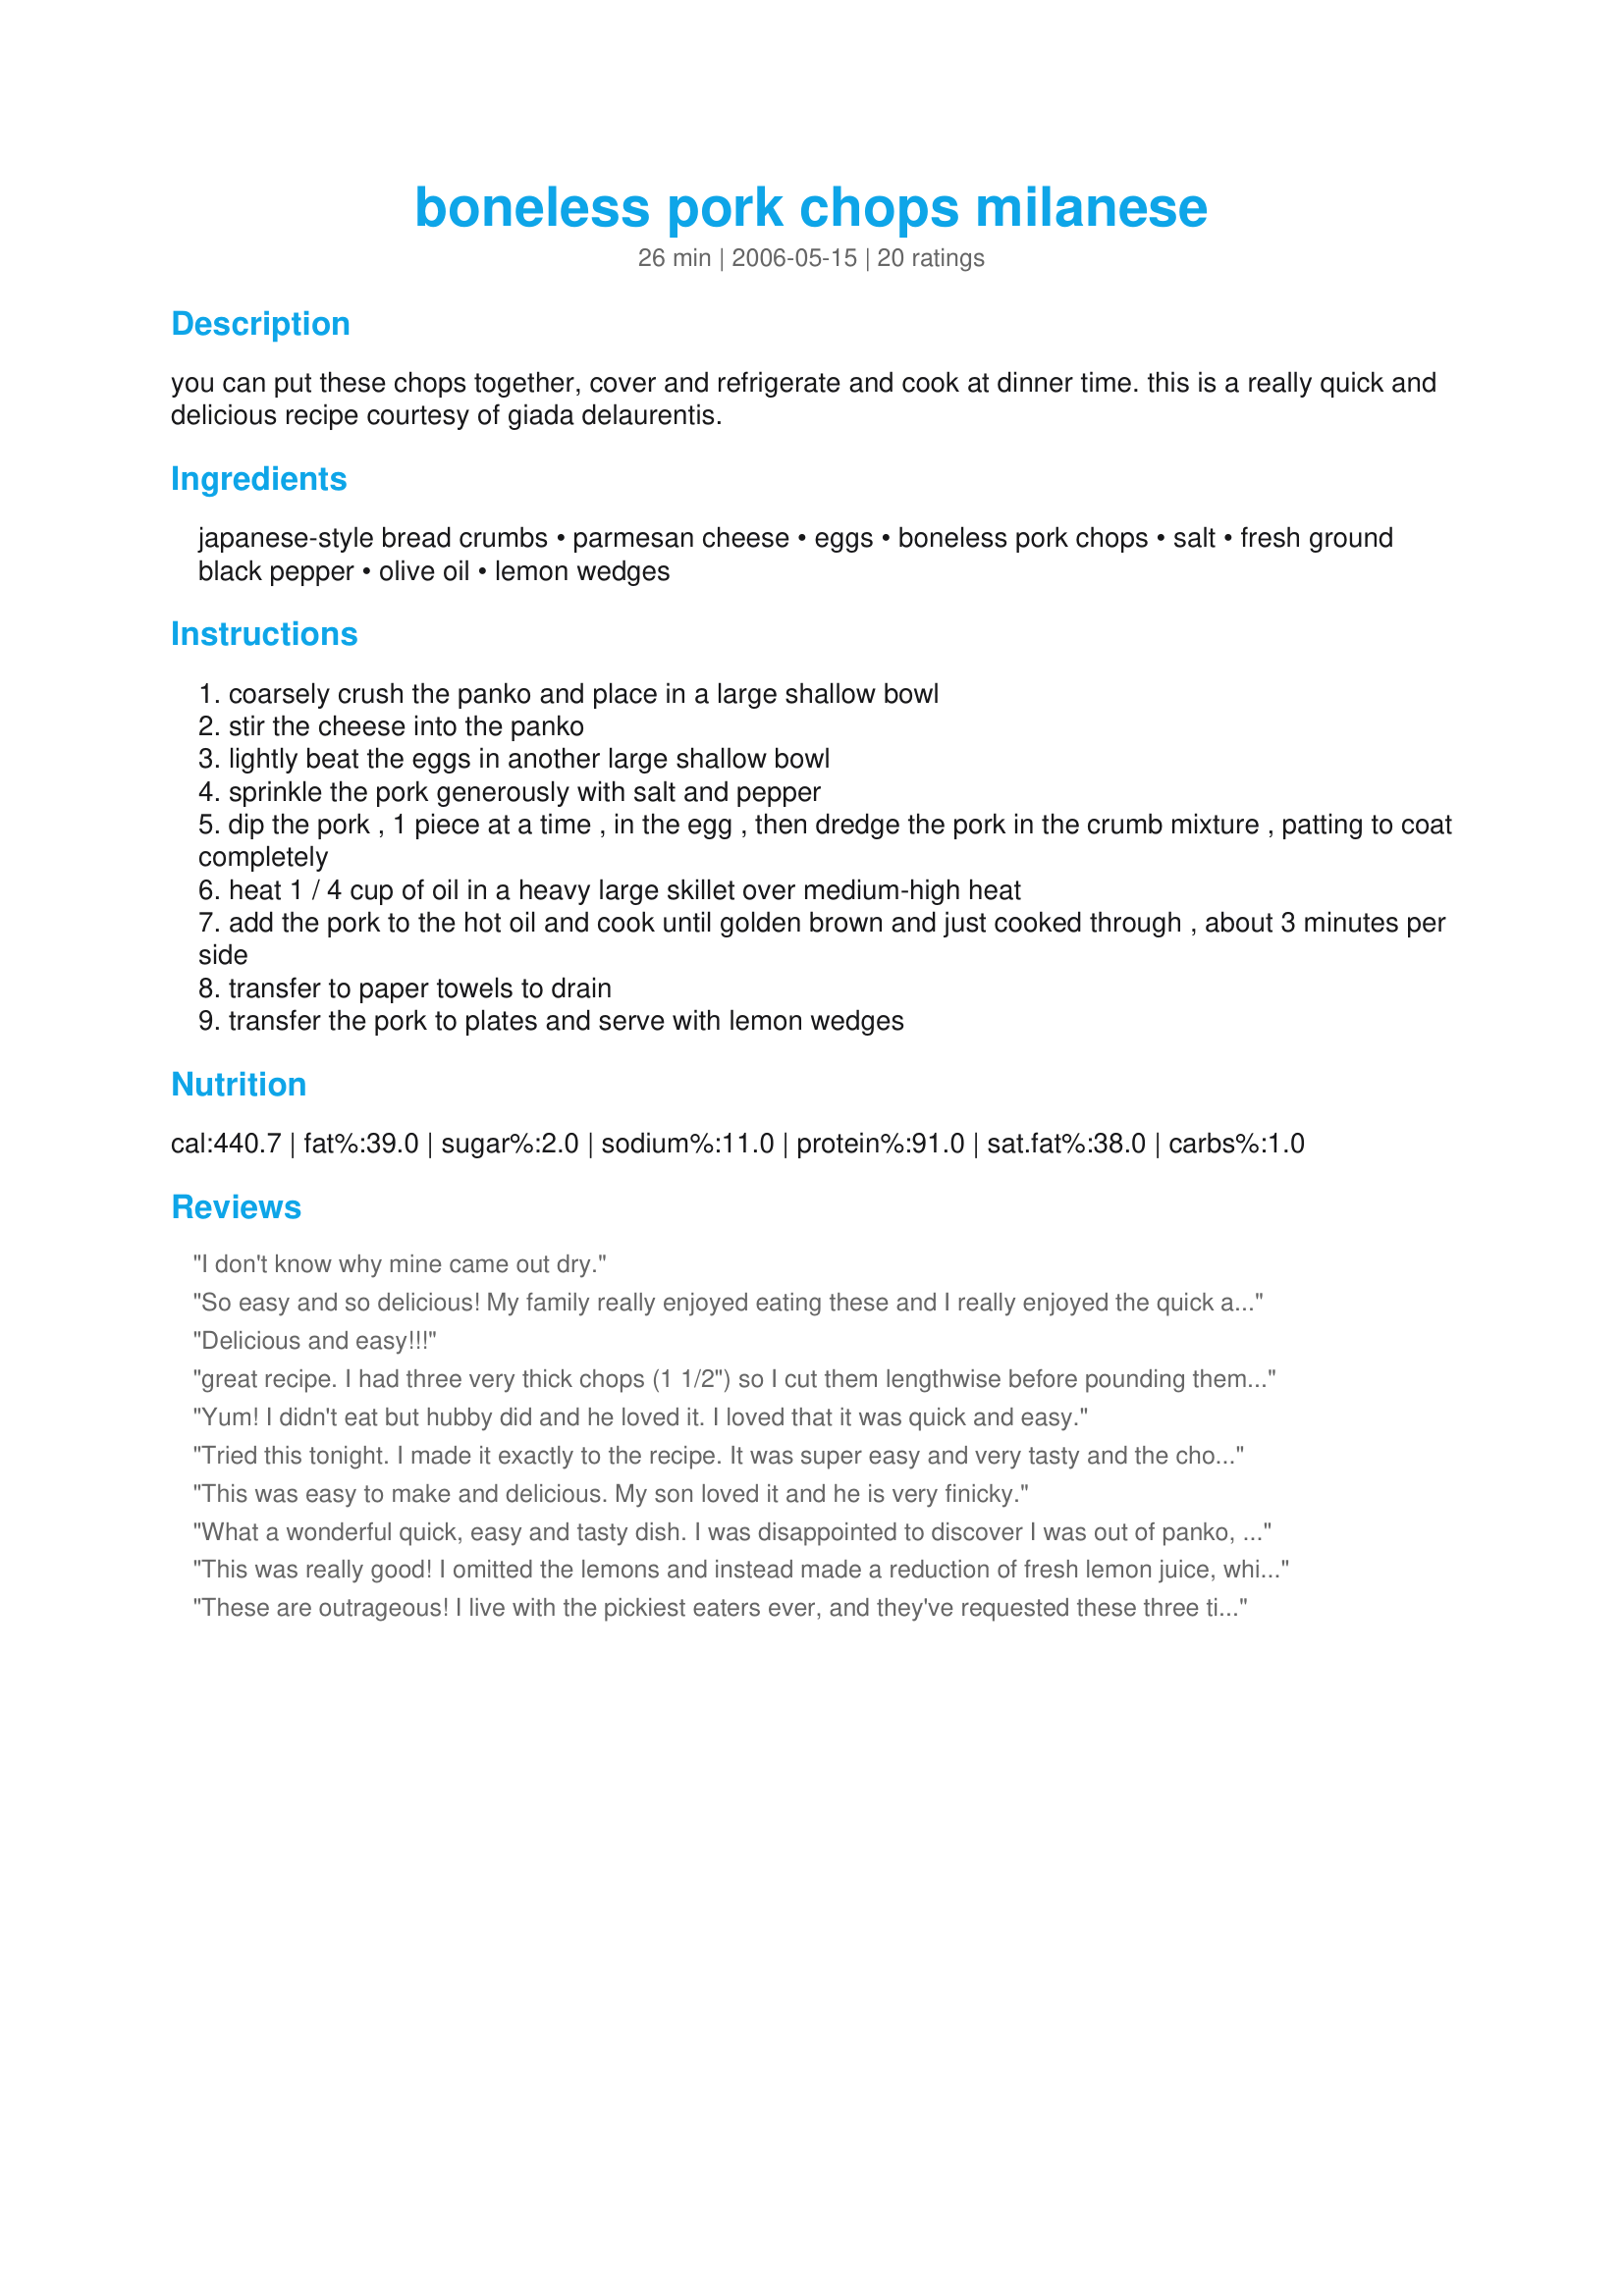
boneless pork chops milanese
Preparation time: 26 minutes

you can put these chops together, cover and refrigerate and cook at dinner time. this is a really quick and delicious recipe courtesy of giada delaurentis.

Ingredients:
japanese-style bread crumbs, parmesan cheese, eggs, boneless pork chops, salt, fresh ground black pepper, olive oil, lemon wedges

Steps:
coarsely crush the panko and place in a large shallow bowl
stir the cheese into the panko
lightly beat the eggs in another large shallow bowl
sprinkle the pork generously with salt and pepper
dip the pork , 1 piece at a time , in the egg , then dredge the pork in the crumb mixture , patting to coat completely
heat 1 / 4 cup of oil in a heavy large skillet over medium-high heat
add the pork to the hot oil and cook until golden brown and just cooked through , about 3 minutes per side
transfer to paper towels to drain
transfer the pork to plates and serve with lemon wedges

Reviews:
I don't know why mine came out dry.
So easy and so delicious! My family really enjoyed eating these and I really enjoyed the quick and easy preparation! Very yummy!
Delicious and easy!!!
great recipe. I had three very thick chops (1 1/2") so I cut them lengthwise before pounding them. While they were still slightly frozen, I put each chop on the cutting board, placed my palm flat on the chop, and used a sharp knife to slice through it lengthwise.
Yum! I didn't eat but hubby did and he loved it. I loved that it was quick and easy.
Tried this tonight. I made it exactly to the recipe. It was super easy and very tasty and the chops were moist! There were no crumbs left over.
This was easy to make and delicious. My son loved it and he is very finicky.
What a wonderful quick, easy and tasty dish. I was disappointed to discover I was out of panko, but subbed with cornflake crumbs. It was great, but I'll be making this again with panko.

Adding to my favorites cookbook.
This was really good! I omitted the lemons and instead made a reduction of fresh lemon juice, white wine, capers and butter. I served it with broiled asparagus and peppers marinated in lemon juice, garlic, rosemary and olive oil. Perfect!
These are outrageous! I live with the pickiest eaters ever, and they've requested these three times now. Awesomely delicious, easy, and a real hit at my house!
Wow this was a fabulous recipe....I used the limecello sauce from another recipe to pour over and it was fabulous...a must try.
The panko - parmesan mixture came out to be a lot. I ended up breading the pork chops twice (not very healthy, but I didn't want to waste anything.) Since I double battered, I needed an extra egg. It came out delicious! I will definitely make this again.
My husband was never much for pork chops until I discovered this recipe. Now we both can't get enough of them. I added a little butter,lemon juice & capers after the chops were out, then poured over the chops. Absolutely delicious & easy to make. I highly recommend.
These were really simple to make but I had trouble getting them done. I did not pound them thinner, so don't skip this step.
I love this recipe. I have the cookbook it was published in and am so pleased it already is on 'Zaar. :-) Lovely with just a squeeze of lemon.
Great recipe! So easy and flavorful. I served it over a bed of angel hair pasta. Along with a side salad, this is a perfect meal!
My husband absolutely loved this! I had bought several packs of boneless chops that were on sale and wanted to try a new recipes, tired of all of the old, baked recipes. Tried this and now this is the only way my husband wants his chops.. Thanks!
Very good, moist, lots of flavor. <br/>I took note a reviewers rating and added a wedge of lemon, a tablespoon of capers, 1/4 cup of white wine and a pat of butter to the pan after lifting the pork chops out. I cooked this mixture for a minute or so and then I poured all the juices over the pork chops. <br/>Great dish, even without the above addition, these pork chops are very tasty. <br/>Thanks for sharing.
Really excellent pork chops. I'm notorious for overcooking pork and chicken due to fear of getting sick so I did double the cooking time per side..however, still moist, delicious and PERFECT! I didn't just use lemon slices on top, I squeezed the juice of a whole lemon over the chops. These were really great. My DH is not a fan of pork chops but loved these. Definite 5 star!
Great recipe! Super moist pork with a nice tasty crust. I like that I can bread these ahead of time, then just throw them in the skillet and cook for a quick dinner. Rather than just lemon, I made a lemon caper sauce ahead of time and heated it up for dinner. Yummy!!!
